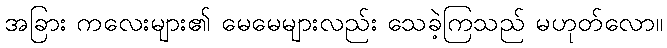
အခြား ကလေးများ၏ မေမေများလည်း သေခဲ့ကြသည် မဟုတ်လော။